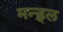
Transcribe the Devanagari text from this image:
मन्ड़्ल